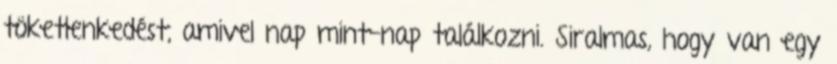
töketlenkedést, amivel nap mint-nap találkozni. Siralmas, hogy van egy